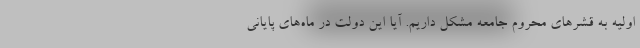
اولیه به قشرهای محروم جامعه مشکل داریم. آیا این دولت در ماه‌های پایانی